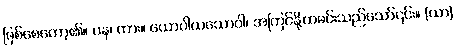
ဖြစ်စေတော့၏။ ပန၊ ကား။ ယောပါယသောဝါ၊ အကြင်နို့ထမင်းသည်သော်၎င်း။ (ယာ)